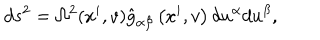
d s ^ { 2 } = \Omega ^ { 2 } ( x ^ { i } , v ) \hat { { g } } _ { \alpha \beta } \left( x ^ { i } , v \right) d u ^ { \alpha } d u ^ { \beta } ,